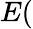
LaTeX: E(